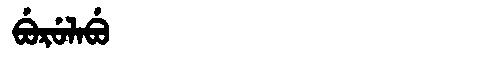
Manchu: ᠪᡠᡵᡠᠯᠠᠪᡠ
Romanization: BURULABU